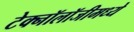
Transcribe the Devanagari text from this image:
टेक्‍नॉलॉजीमध्ये